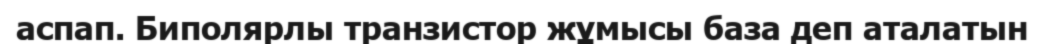
аспап. Биполярлы транзистор жұмысы база деп аталатын